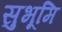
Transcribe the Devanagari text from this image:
सुभूमि